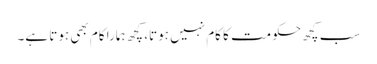
سب کچھ حکومت کا کام نہیں ہوتا، کچھ ہمارا کام بھی ہوتا ہے۔